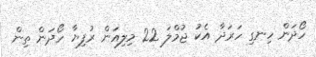
ހޯދަން ހިނގި ހަރަދާ އެކު ޖުމްލަ 22 މިލިއަން ރުފިޔާ ހޯދަން ތިން